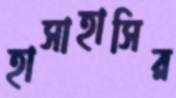
হাসাহাসির